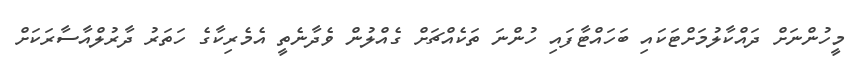
މީހުންނަށް ދައްކާލުމަށްޓަކައި ބަހައްޓާފައި ހުންނަ ތަކެއްޗަށް ގެއްލުން ވެދާނެތީ އެމެރިކާގެ ހަތަރު ދާރުލްއާސާރަކަށް